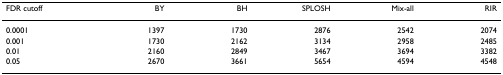
| FDR cutoff | BY | BH | SPLOSH | Mix-all | RIR |
 | --- | --- | --- | --- | --- | --- |
 | 0.0001 | 1397 | 1730 | 2876 | 2542 | 2074 |
 | 0.001 | 1730 | 2162 | 3134 | 2958 | 2485 |
 | 0.01 | 2160 | 2849 | 3467 | 3694 | 3382 |
 | 0.05 | 2670 | 3661 | 5654 | 4594 | 4548 |